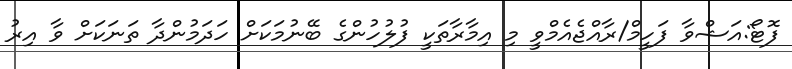
ފޮޓޯ:އަޝްވާ ފަހީމް/ރާއްޖެއެމްވީ މި އިމާރާތަކީ ފުލުހުންގެ ބޭނުމަކަށް ހަދަމުންދާ ތަނަކަށް ވާ އިރު